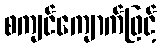
စကျင်ကျောက်ဖြင့်